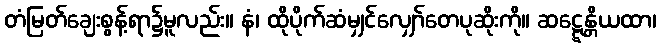
တံမြတ်ချေးစွန့်ရာ၌မူလည်း။ နံ၊ ထိုပိုက်ဆံမျှင်လျှော်တေပုဆိုးကို။ ဆဋ္ဋေန္တိယထာ၊